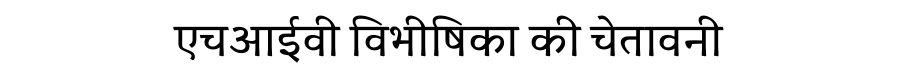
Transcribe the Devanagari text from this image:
एचआईवी विभीषिका की चेतावनी